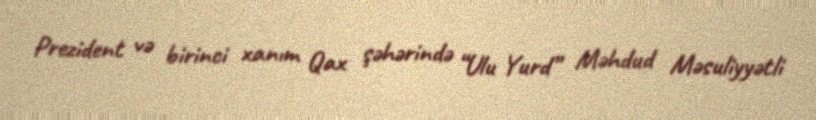
Prezident və birinci xanım Qax şəhərində “Ulu Yurd” Məhdud Məsuliyyətli